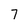
Character: 7